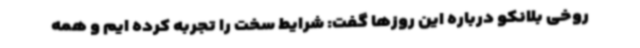
روخی بلانکو درباره این روزها گفت: شرایط سخت را تجربه کرده ایم و همه